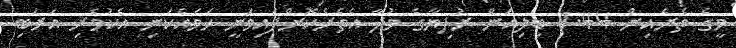
މީގެ ތެރެއިން 1.44 ބިލިއަން ރުފިޔާގެ މުދާ އެތެރެކޮށްފައިވަނީ ހަމައެކަނި އެކުވެރި އަރަބި